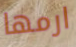
ارمها